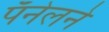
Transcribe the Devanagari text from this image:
पॅनेलने